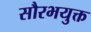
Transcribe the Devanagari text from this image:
सौरभयुक्त